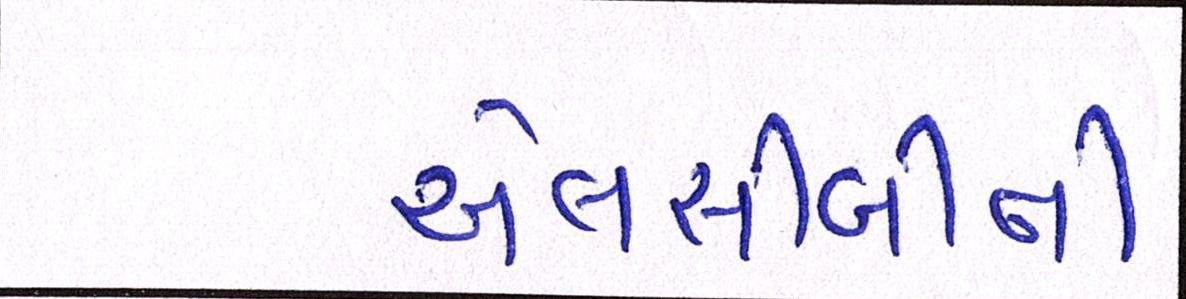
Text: એલસીબીની